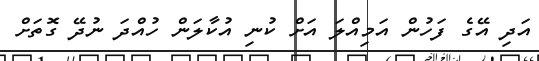
އަދި އޭގެ ފަހުން އަމިއްލަ އަށް ކުނި އުކާލަން ހުއްދަ ނުދޭ ގޮތަށް